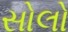
સોલો